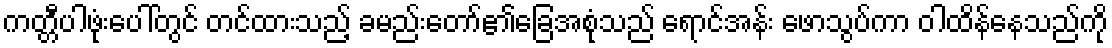
ကတ္တီပါဖုံးပေါ်တွင် တင်ထားသည့် ခမည်းတော်၏ခြေအစုံသည် ရောင်အန်း ဖောသွပ်ကာ ဝါထိန်နေသည်ကို